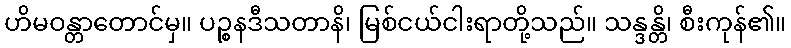
ဟိမဝန္တာတောင်မှ။ ပဉ္စနဒီသတာနိ၊ မြစ်ငယ်ငါးရာတို့သည်။ သန္ဒန္တိ၊ စီးကုန်၏။